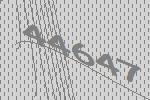
44647